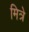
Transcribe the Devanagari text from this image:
मित्रे